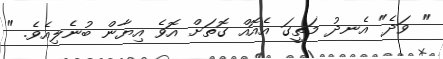
" ވަދެ" އެނދު މަތީގަ އެއޮއް ގޮތަށް އޮވެ އިޔާން ބުނެލިއެވެ. "